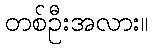
တစ်ဦးအလား။